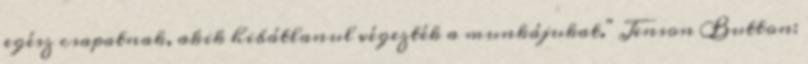
egész csapatnak, akik hibátlanul végezték a munkájukat." Jenson Button: